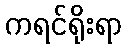
ကရင်ရိုးရာ